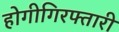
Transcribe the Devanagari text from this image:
होगीगिरफ्तारी